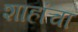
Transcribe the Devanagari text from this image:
शाहांचा